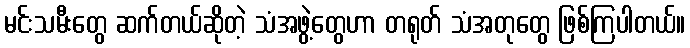
မင်းသမီးတွေ ဆက်တယ်ဆိုတဲ့ သံအဖွဲ့တွေဟာ တရုတ် သံအတုတွေ ဖြစ်ကြပါတယ်။